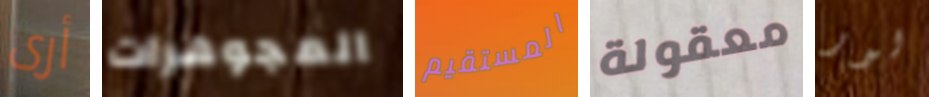
أرى المجوهرات المستقيم معقولة لور